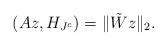
LaTeX: \begin{align*}(Az, H_{J^{c}})=\Vert \tilde{W}z\Vert_{2}.\end{align*}